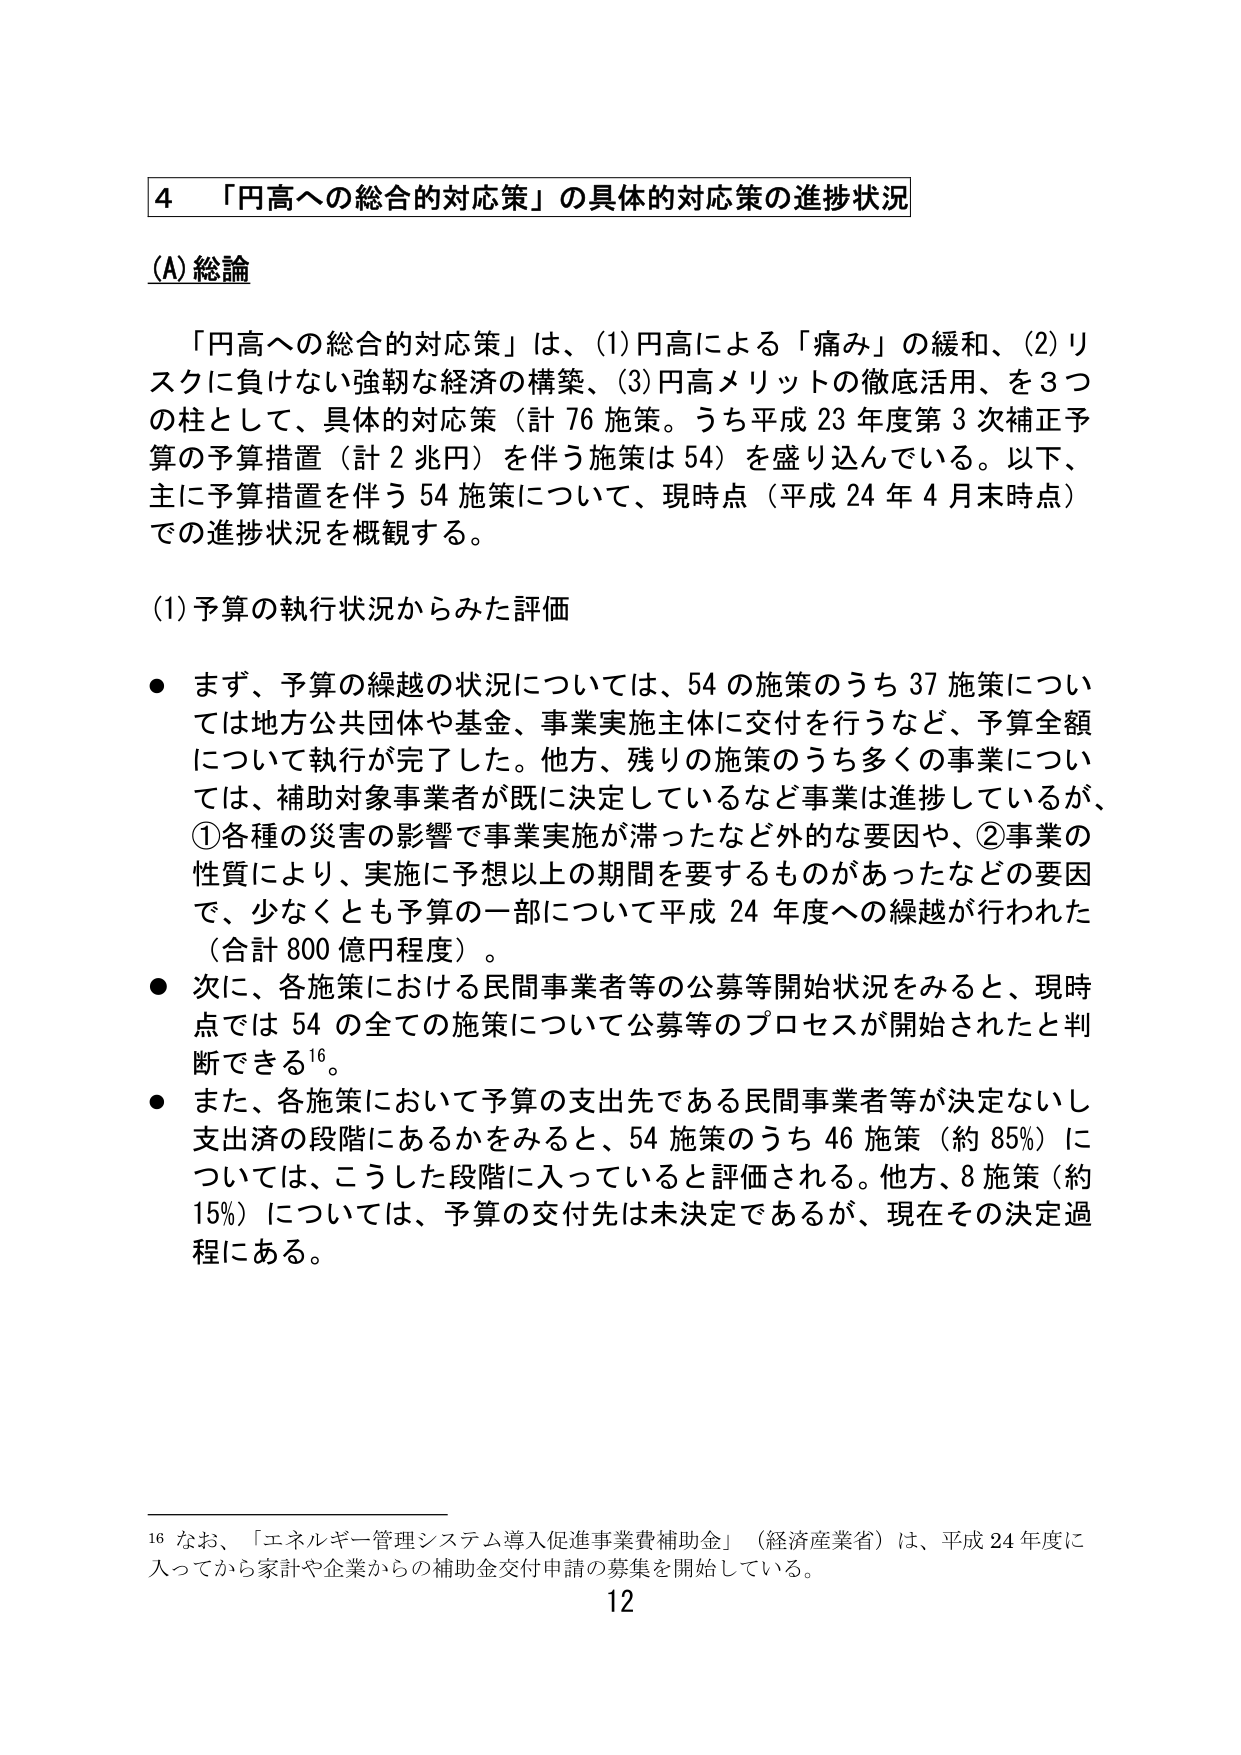
4 「円高への総合的対応策」の具体的対応策の進捗状況

(A) 総論

「円高への総合的対応策」は、(1)円高による「痛み」の緩和、(2)リスクに負けない強靭な経済の構築、(3)円高メリットの徹底活用、を3つの柱として、具体的対応策（計76施策。うち平成23年度第3次補正予算の予算措置（計2兆円）を伴う施策は54）を盛り込んでいる。以下、主に予算措置を伴う54施策について、現時点（平成24年4月末時点）での進捗状況を概観する。

(1) 予算の執行状況からみた評価

● まず、予算の繰越の状況については、54の施策のうち37施策については地方公共団体や基金、事業実施主体に交付を行うなど、予算全額について執行が完了した。他方、残りの施策のうち多くの事業については、補助対象事業者が既に決定しているなど事業は進捗しているが、①各種の災害の影響で事業実施が滞ったなど外的な要因や、②事業の性質により、実施に予想以上の期間を要するものがあったなどの要因で、少なくとも予算の一部について平成24年度への繰越が行われた（合計800億円程度）。

● 次に、各施策における民間事業者等の公募等開始状況をみると、現時点では54の全ての施策について公募等のプロセスが開始されたと判断できる¹⁶。

● また、各施策において予算の支出先である民間事業者等が決定ないし支出済の段階にあるかをみると、54施策のうち46施策（約85%）については、こうした段階に入っていると評価される。他方、8施策（約15%）については、予算の交付先は未決定であるが、現在その決定過程にある。

¹⁶ なお、「エネルギー管理システム導入促進事業費補助金」（経済産業省）は、平成24年度に入ってから家計や企業からの補助金交付申請の募集を開始している。

12